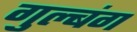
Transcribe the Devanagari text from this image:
गुल्बंग